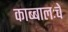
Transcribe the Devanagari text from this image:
काब्बालःचे